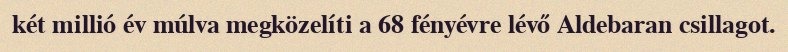
két millió év múlva megközelíti a 68 fényévre lévő Aldebaran csillagot.